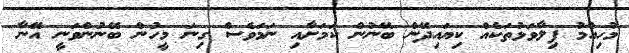
މުހިއްމު ފިލާވަޅުތަކެއް ކިޔައިދޭން ބޭނުން ކަމަށާއި ނަމަވެސް ގިނަ މީހުން ބޭނުންވަނީ އޭނާ